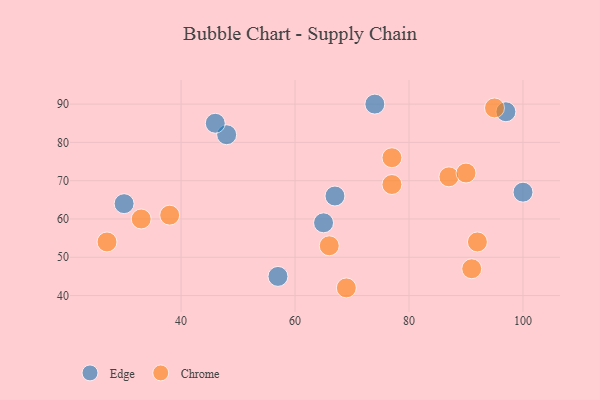
{"axis": {"x": "GDP", "y": "Life Expectancy"}, "legend": ["Chrome", "Edge"], "data": [{"x": "65", "y": 59, "type": "Edge"}, {"x": "30", "y": 64, "type": "Edge"}, {"x": "97", "y": 88, "type": "Edge"}, {"x": "48", "y": 82, "type": "Edge"}, {"x": "46", "y": 85, "type": "Edge"}, {"x": "74", "y": 90, "type": "Edge"}, {"x": "67", "y": 66, "type": "Edge"}, {"x": "57", "y": 45, "type": "Edge"}, {"x": "100", "y": 67, "type": "Edge"}, {"x": "33", "y": 60, "type": "Chrome"}, {"x": "77", "y": 76, "type": "Chrome"}, {"x": "95", "y": 89, "type": "Chrome"}, {"x": "91", "y": 47, "type": "Chrome"}, {"x": "92", "y": 54, "type": "Chrome"}, {"x": "27", "y": 54, "type": "Chrome"}, {"x": "69", "y": 42, "type": "Chrome"}, {"x": "66", "y": 53, "type": "Chrome"}, {"x": "87", "y": 71, "type": "Chrome"}, {"x": "90", "y": 72, "type": "Chrome"}, {"x": "77", "y": 69, "type": "Chrome"}, {"x": "38", "y": 61, "type": "Chrome"}]}